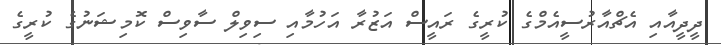
ދީދީއާއި އެޗްއާރުސީއެމްގެ ކުރީގެ ރައީސް އަޒުރާ އަހުމާއި ސިވިލް ސާވިސް ކޮމިޝަނުގެ ކުރީގެ